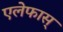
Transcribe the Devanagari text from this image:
एलेफास्